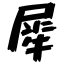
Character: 犀